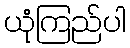
ယုံကြည်ပါ